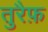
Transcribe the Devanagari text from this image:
तुरैफ़